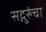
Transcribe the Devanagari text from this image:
सद्गुरुंचा